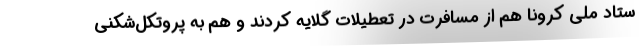
ستاد ملی کرونا هم از مسافرت در تعطیلات گلایه کردند و هم به پروتکل‌شکنی